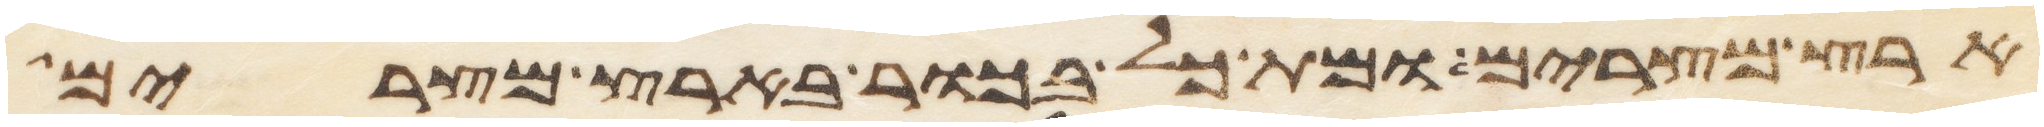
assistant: ארץ מצרים ומת כל בכור בארץ מצרים